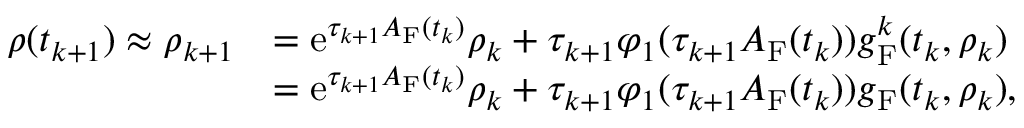
\begin{array} { r l } { \boldsymbol \rho ( t _ { k + 1 } ) \approx \boldsymbol \rho _ { k + 1 } } & { = \mathrm { e } ^ { \tau _ { k + 1 } A _ { \mathrm { F } } ( t _ { k } ) } \boldsymbol \rho _ { k } + \tau _ { k + 1 } \varphi _ { 1 } ( \tau _ { k + 1 } A _ { \mathrm { F } } ( t _ { k } ) ) \boldsymbol g _ { \mathrm { F } } ^ { k } ( t _ { k } , \boldsymbol \rho _ { k } ) } \\ & { = \mathrm { e } ^ { \tau _ { k + 1 } A _ { \mathrm { F } } ( t _ { k } ) } \boldsymbol \rho _ { k } + \tau _ { k + 1 } \varphi _ { 1 } ( \tau _ { k + 1 } A _ { \mathrm { F } } ( t _ { k } ) ) \boldsymbol g _ { \mathrm { F } } ( t _ { k } , \boldsymbol \rho _ { k } ) , } \end{array}